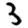
Digit: 3